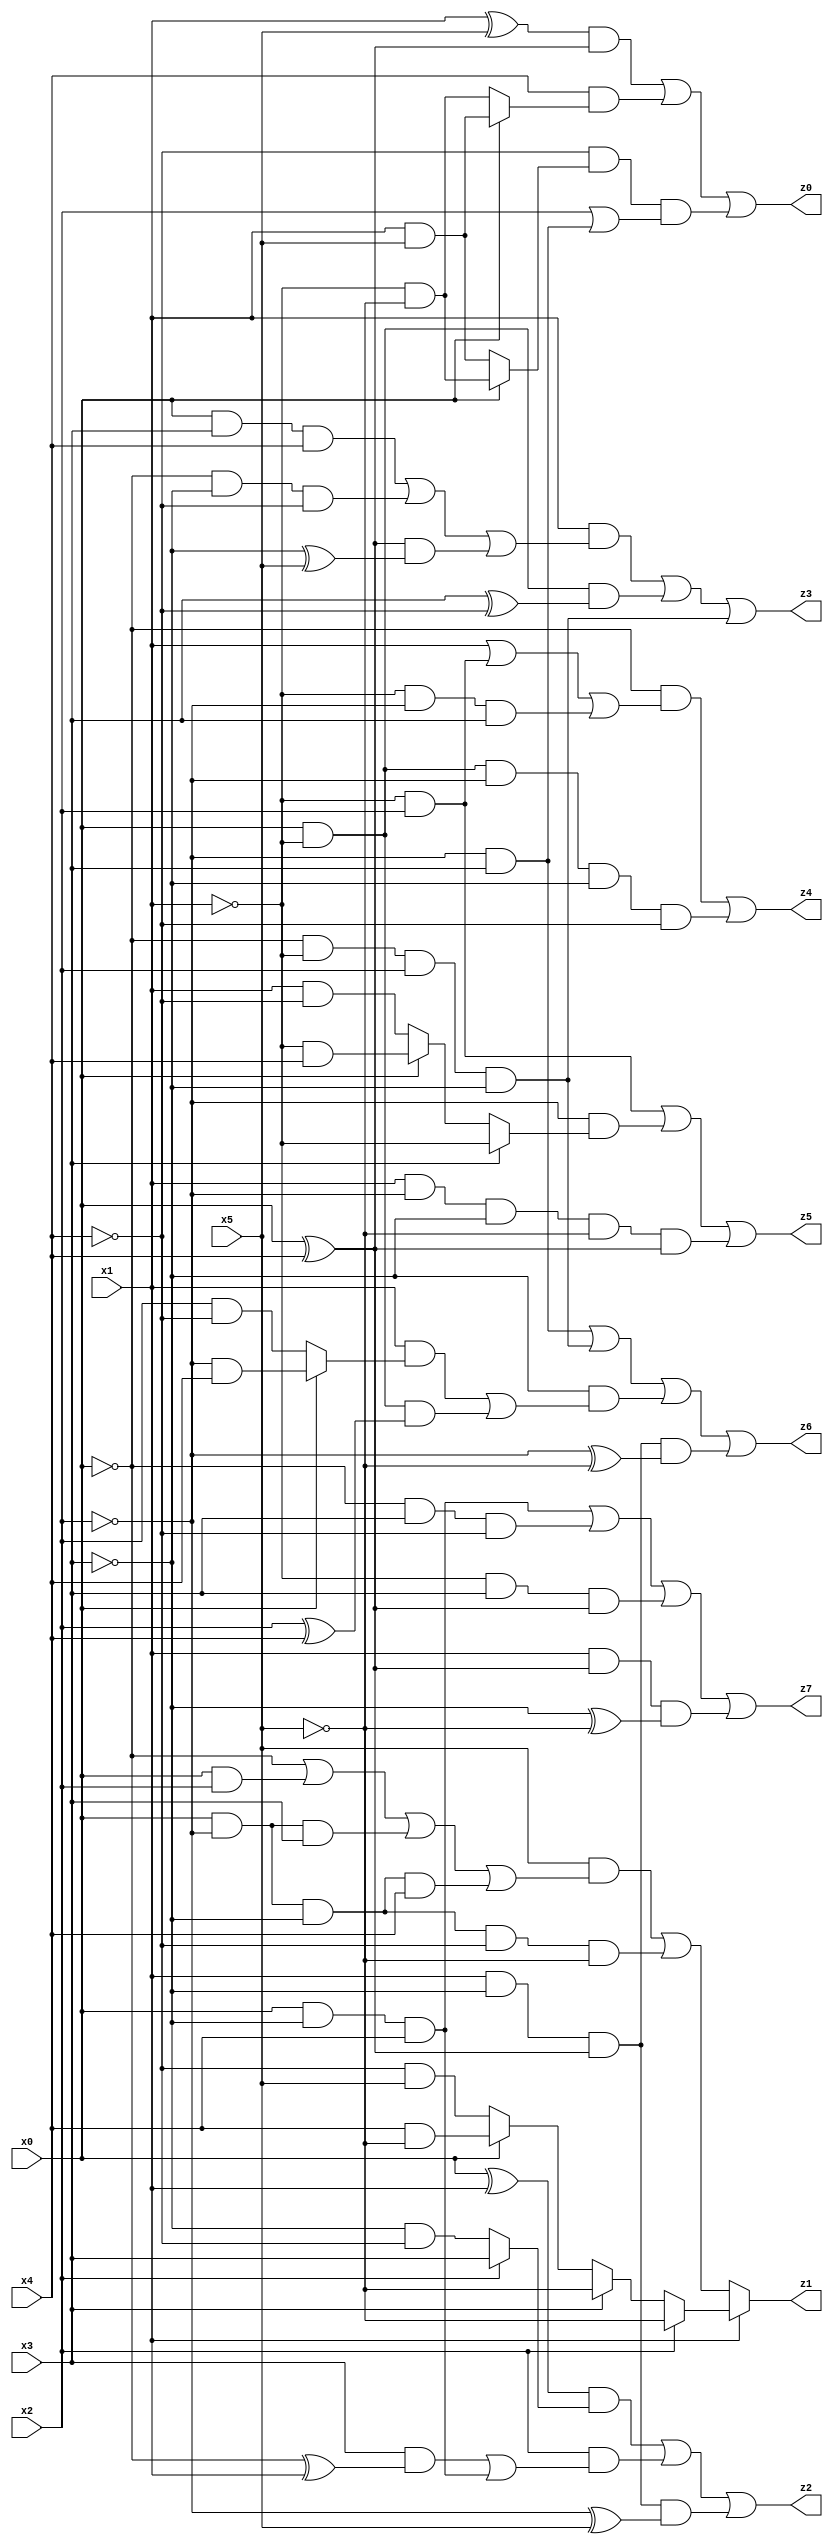
// Benchmark "X_2" written by ABC on Wed Jun 07 00:27:22 2023

module X_54 ( 
    x0, x1, x2, x3, x4, x5,
    z0, z1, z2, z3, z4, z5, z6, z7  );
  input  x0, x1, x2, x3, x4, x5;
  output z0, z1, z2, z3, z4, z5, z6, z7;
  assign z0 = ((x1 ^ x5) & (x0 ^ x4)) | (x4 & (x0 ? (x1 & x5) : (~x1 & ~x5))) | (~x4 & (x0 ? (~x1 & ~x5) : (x1 & x5)) & (x2 | (~x2 & x3)));
  assign z1 = x1 ? (x2 ? ~x5 : (x3 ? ~x5 : (x0 ? (x4 & ~x5) : (~x4 & x5)))) : ((x5 & (~x0 | (x0 & x2) | (x0 & ~x2 & x3) | (x0 & ~x2 & ~x3 & x4))) | (x0 & ~x2 & ~x3 & ~x4 & ~x5));
  assign z2 = ((x0 ^ x1) & (x2 ? x3 : (~x3 & ~x4))) | (x2 & ((x3 & (~x0 ^ x1)) | (x0 & ~x3 & x4))) | (x1 & ~x3 & (x0 ^ x4) & (~x2 ^ x5));
  assign z3 = (x1 & ((x0 & x3 & x4) | (~x0 & ~x3 & ~x4) | ((x0 ^ x4) & (~x3 ^ x5)))) | (x0 & ~x1 & (x3 ^ ~x4)) | (~x0 & ~x1 & x2 & ~x3);
  assign z4 = (~x0 & (x1 | (~x1 & x2) | (~x1 & ~x2 & x3))) | (x0 & ~x1 & ~x2 & ~x3 & ~x4);
  assign z5 = (~x1 & x2) | (~x2 & (x3 ? ~x1 : (x0 ? (~x1 & x4) : (x1 & ~x4)))) | (x1 & ~x2 & ~x3 & ~x5 & (x0 ^ x4));
  assign z6 = (~x2 & x3) | (~x0 & ~x1 & x2 & ~x3) | (~x3 & ((x1 & (x0 ? (~x2 & x4) : (x2 & ~x4))) | (x0 & ~x1 & (x2 ^ x4)))) | (x1 & ~x3 & (x0 ^ x4) & (~x2 ^ ~x5));
  assign z7 = (x0 & ~x3 & x4) | (~x0 & x3 & ~x4) | (~x1 & x3 & (x0 ^ x4)) | (x1 & (x0 ^ x4) & (~x3 ^ ~x5));
endmodule